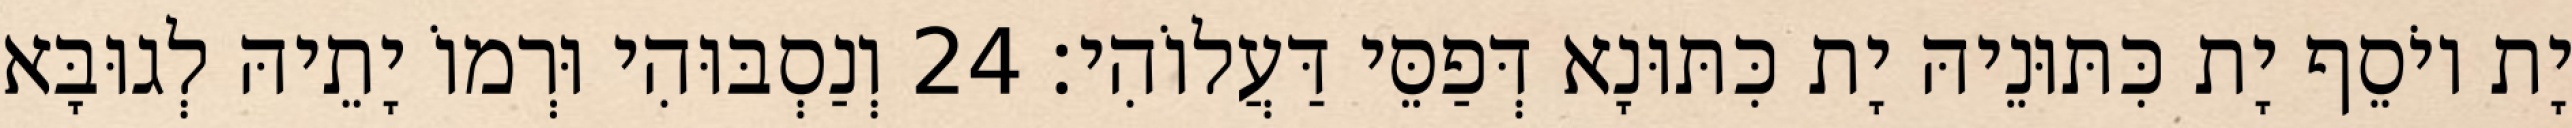
יָת יוֹסֵף יָת כִּתּוּנֵיהּ יָת כִּתּוּנָא דְּפַסֵּי דַּעֲלוֹהִי׃ 24 וְנַסְבּוּהִי וּרְמוֹ יָתֵיהּ לְגוּבָּא